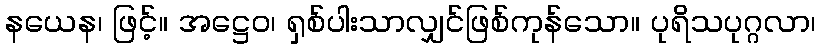
နယေန၊ ဖြင့်။ အဋ္ဌေဝ၊ ရှစ်ပါးသာလျှင်ဖြစ်ကုန်သော။ ပုရိသပုဂ္ဂလာ၊